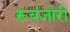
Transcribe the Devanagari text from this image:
रूबंजोरी